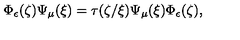
\Phi _ { \epsilon } ( \zeta ) \Psi _ { \mu } ( \xi ) = \tau ( \zeta / \xi ) \Psi _ { \mu } ( \xi ) \Phi _ { \epsilon } ( \zeta ) ,